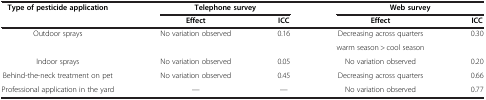
<table><thead><tr><td rowspan="2"><b>Type of pesticide application</b></td><td colspan="2"><b>Telephone survey</b></td><td colspan="2"><b>Web survey</b></td></tr><tr><td><b>Effect</b></td><td><b>ICC</b></td><td><b>Effect</b></td><td><b>ICC</b></td></tr></thead><tbody><tr><td rowspan="2">Outdoor sprays</td><td rowspan="2">No variation observed</td><td rowspan="2">0.16</td><td>Decreasing across quarters</td><td rowspan="2">0.30</td></tr><tr><td>warm season &gt; cool season</td></tr><tr><td>Indoor sprays</td><td>No variation observed</td><td>0.05</td><td>No variation observed</td><td>0.20</td></tr><tr><td>Behind-the-neck treatment on pet</td><td>No variation observed</td><td>0.45</td><td>Decreasing across quarters</td><td>0.66</td></tr><tr><td>Professional application in the yard</td><td>—</td><td>—</td><td>No variation observed</td><td>0.77</td></tr></tbody></table>